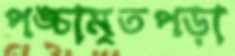
পঙ্চামৃতপড়া